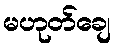
မဟုတ်ချေ